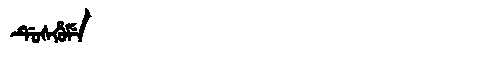
Manchu: ᡩᡠᠰᡥᡠᠮᡝ
Romanization: DUSHUME